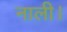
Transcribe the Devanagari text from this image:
नाली।